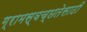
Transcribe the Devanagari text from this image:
ग्रामस्वच्छतेसाठी